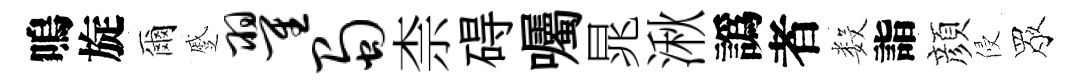
嗚旋爾蹙翟蜀柰碍囑晁湫譌者数詣顔侵眾